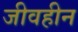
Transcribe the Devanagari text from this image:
जीवहीन